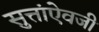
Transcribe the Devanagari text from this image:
सुत्तांऐवजी